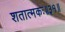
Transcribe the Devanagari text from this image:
शतात्मकः॥३१॥